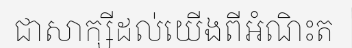
ជាសាក្សីដល់យើងពីអំណិះត